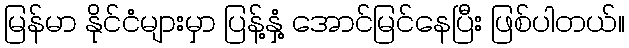
မြန်မာ နိုင်ငံများမှာ ပြန့်နှံ့ အောင်မြင်နေပြီး ဖြစ်ပါတယ်။